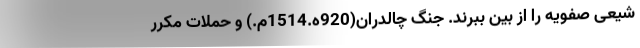
شیعی صفویه را از بین ببرند. جنگ چالدران(920ه.1514م.) و حملات مکرر